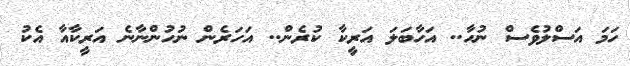
ހަމަ އަސްލުވެސް ނުހާ.. އަހާބަލަ އަރީކާ ކުރެން.. އަހަރެން ނުހުންނާނެ އަރީކާއާ އެކު